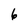
Character: 6